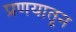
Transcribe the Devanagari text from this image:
प्रणयातून